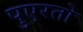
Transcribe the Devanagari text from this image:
पुएरतो